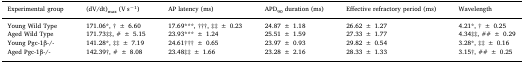
<table><thead><tr><td><b>Experimental group</b></td><td><b>(dV/dt)<sub>max</sub> (V s<sup>−1</sup>)</b></td><td><b>AP latency (ms)</b></td><td><b>APD<sub>90</sub> duration (ms)</b></td><td><b>Effective refractory period (ms)</b></td><td><b>Wavelength</b></td></tr></thead><tbody><tr><td>Young Wild Type</td><td>171.06*, † ± 6.60</td><td>17.69***, †††, ‡‡ ± 0.23</td><td>24.87 ± 1.18</td><td>26.62 ± 1.27</td><td>4.21*, † ± 0.25</td></tr><tr><td>Aged Wild Type</td><td>171.73‡‡, # ± 5.15</td><td>23.93*** ± 1.24</td><td>25.51 ± 1.59</td><td>27.33 ± 1.77</td><td>4.34‡‡, ## ± 0.29</td></tr><tr><td>Young Pgc-1β-/-</td><td>141.28*, ‡‡ ± 7.19</td><td>24.61††† ± 0.65</td><td>23.97 ± 0.93</td><td>29.82 ± 0.54</td><td>3.28*, ‡‡ ± 0.16</td></tr><tr><td>Aged Pgc-1β-/-</td><td>142.39†, # ± 8.08</td><td>23.48‡‡ ± 1.66</td><td>23.28 ± 2.16</td><td>28.33 ± 1.33</td><td>3.15†, ## ± 0.25</td></tr></tbody></table>